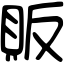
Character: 販